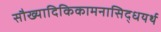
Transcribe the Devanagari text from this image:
सौख्यादिकिकामनासिद्धयर्थ